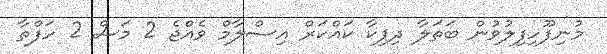
މުނިފޫހިފިލުވުން ބަތަލާ ދިޕިކާ ކައްކަރް އިސްލާމް ވެއްޖެ 2 މަސް 2 ހަފްތާ